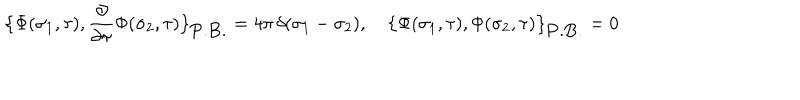
LaTeX: \bigl \{ \Phi ( \sigma _ { 1 } , \tau ) , { \frac { \partial } { \partial \tau } } \Phi ( \sigma _ { 2 } , \tau ) \bigr \} _ { \mathrm { P . B . } } = 4 \pi \, \delta ( \sigma _ { 1 } - \sigma _ { 2 } ) , \quad \bigl \{ \Phi ( \sigma _ { 1 } , \tau ) , \Phi ( \sigma _ { 2 } , \tau ) \bigr \} _ { \mathrm { P . B . } } = 0